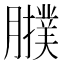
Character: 𦢟